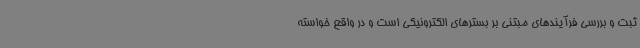
ثبت و بررسی فرآیندهای مبتنی بر بسترهای الکترونیکی است و در واقع خواسته